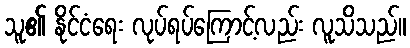
သူ၏ နိုင်ငံရေး လုပ်ရပ်ကြောင့်လည်း လူသိသည်။